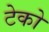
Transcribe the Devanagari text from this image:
टेको